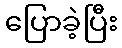
ပြောခဲ့ပြီး